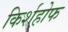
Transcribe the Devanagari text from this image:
किर्शहोफ